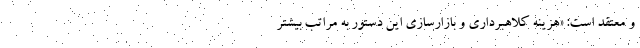
و معتقد است: «هزینه کلاهبرداری و بازارسازی این دستور به مراتب بیشتر